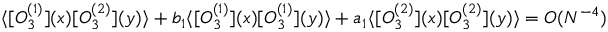
\langle [ O _ { 3 } ^ { ( 1 ) } ] ( x ) [ O _ { 3 } ^ { ( 2 ) } ] ( y ) \rangle + b _ { 1 } \langle [ O _ { 3 } ^ { ( 1 ) } ] ( x ) [ O _ { 3 } ^ { ( 1 ) } ] ( y ) \rangle + a _ { 1 } \langle [ O _ { 3 } ^ { ( 2 ) } ] ( x ) [ O _ { 3 } ^ { ( 2 ) } ] ( y ) \rangle = O ( N ^ { - 4 } )